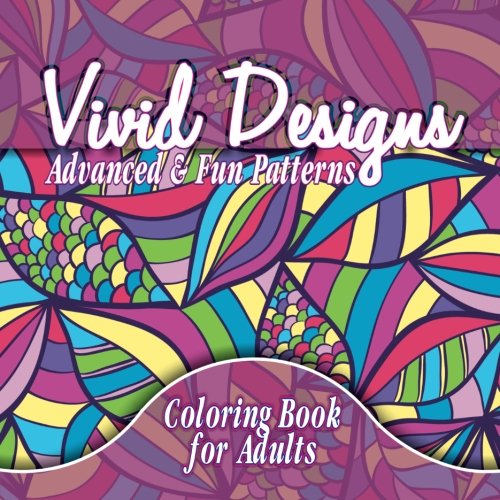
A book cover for Vivid Designs Advanced & Fun Patterns Coloring Book For Adults (Beautiful Patterns & Designs Adult Coloring Books) (Volume 32); Lilt Kids Coloring Books; Arts & Photography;